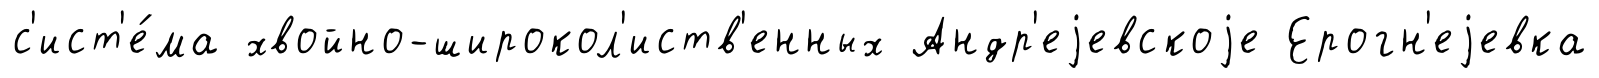
с'ист'е́ма хвойно-широкол'иств'енных Андр'еjевскоjе Ерогн'еjевка